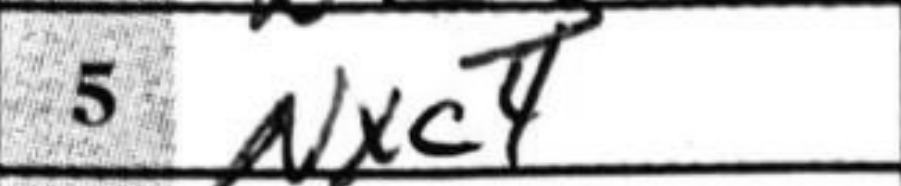
Transcription: Nxc4